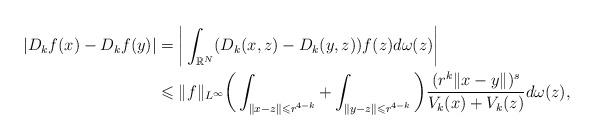
LaTeX: \begin{align*} |D_kf(x)-D_kf(y)| &=\bigg|\int_{\Bbb R^N} (D_k(x,z)-D_k(y,z))f(z)d\omega(z)\bigg|\\ &\leqslant \|f\|_{L^\infty} \bigg(\int_{\|x-z\|\leqslant r^{4-k}}+\int_{\|y-z\|\leqslant r^{4-k}}\bigg)\frac{(r^k\|x-y\|)^s}{V_k(x)+V_k(z)}d\omega(z), \end{align*}